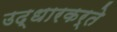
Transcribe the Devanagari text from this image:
उद्धारकर्ते